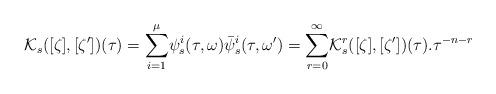
LaTeX: \begin{align*}\mathcal{K}_s([\zeta],[\zeta^{\prime}])(\tau)= \displaystyle{\sum_{i=1}^{\mu}}\psi_s^i(\tau,\omega)\bar{\psi}_s^i(\tau,\omega^{\prime})=\displaystyle{\sum_{r=0}^{\infty}}\mathcal{K}_s^r([\zeta],[\zeta^{\prime}])(\tau).\tau^{-n-r}\end{align*}